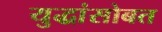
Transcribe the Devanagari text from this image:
युद्धांसोबत